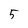
Character: 5